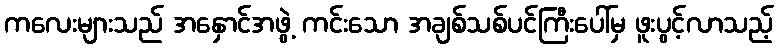
ကလေးများသည် အနှောင်အဖွဲ့ ကင်းသော အချစ်သစ်ပင်ကြီးပေါ်မှ ဖူးပွင့်လာသည့်